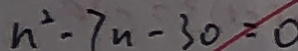
n ^ { 2 } - 7 n - 3 0 = 0